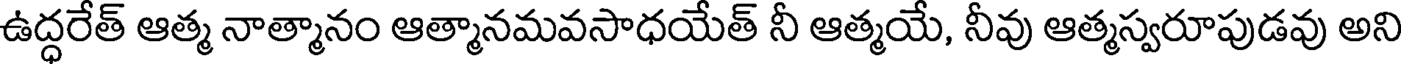
ఉద్ధరేత్ ఆత్మ నాత్మానం ఆత్మానమవసాధయేత్ నీ ఆత్మయే, నీవు ఆత్మస్వరూపుడవు అని